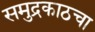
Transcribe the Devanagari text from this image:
समुद्रकाठचा